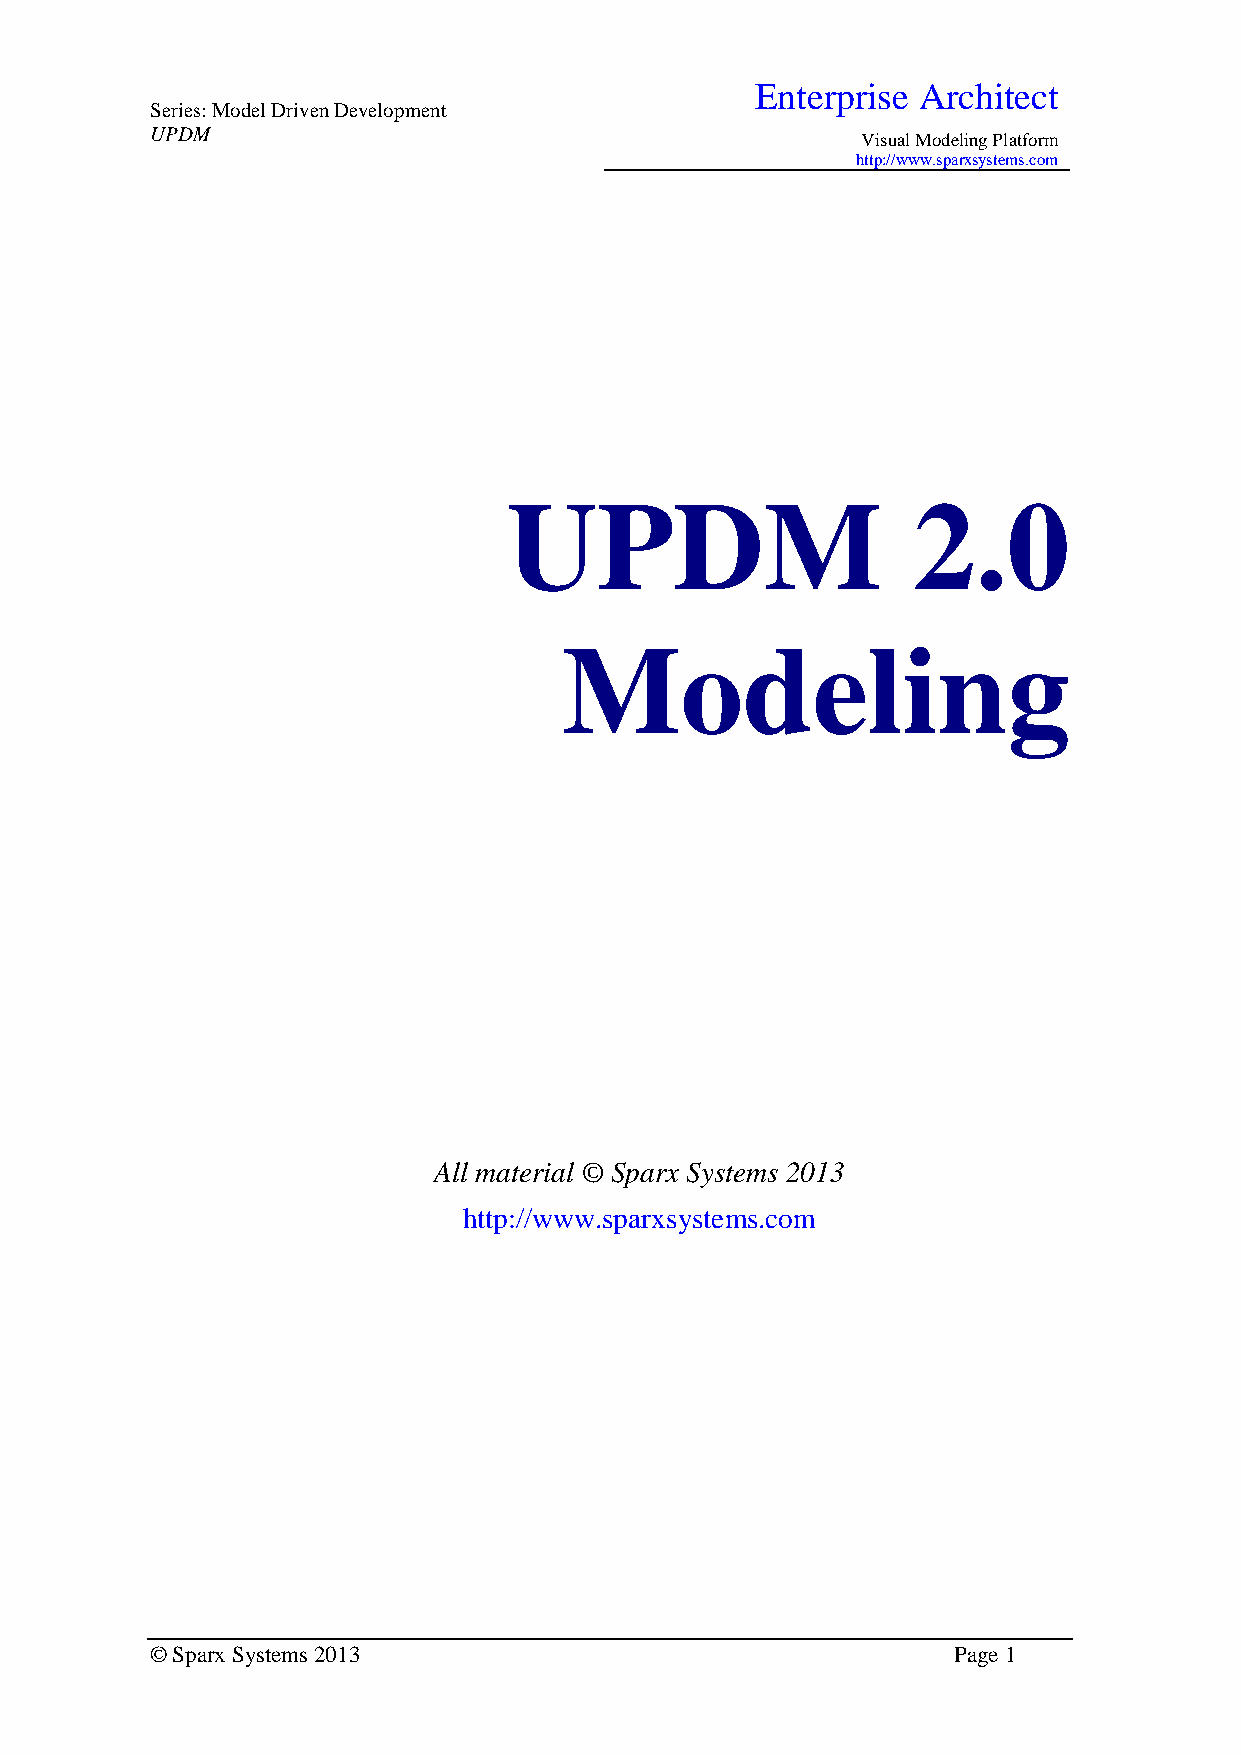
Enterprise Architect
 Series: Model Driven Development
 UPDM
 Visual Modeling Platform
 http://www.sparxsystems.com
 UPDM                      2.0
 Modeling
 All material © Sparx Systems 2013
 http://www.sparxsystems.com
 © Sparx Systems 2013                                 Page 1